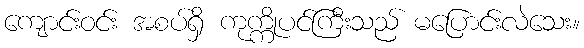
ကျောင်းဝင်း အစပ်ရှိ ကုက္ကိုပင်ကြီးသည် မပြောင်းလဲသေး။